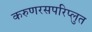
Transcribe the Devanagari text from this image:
करुणरसपरिप्लुत